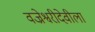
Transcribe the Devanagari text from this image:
वज्रेश्वरीदेवीला